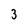
Character: 3